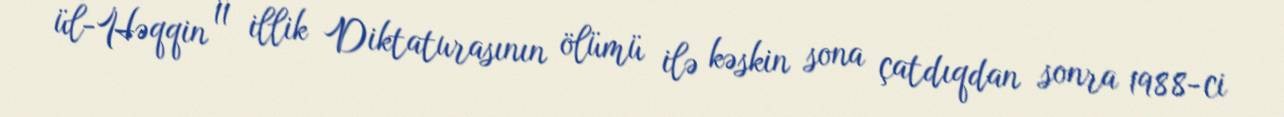
ül-Həqqin 11 illik Diktaturasının ölümü ilə kəskin sona çatdıqdan sonra 1988-ci